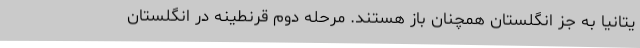
یتانیا به جز انگلستان همچنان باز هستند. مرحله دوم قرنطینه در انگلستان